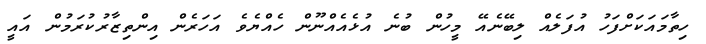
ހިތާމައަކަށްފަހު އުފަލެއް ލިބޭނެއޭ މީހުން ބުނެ އުޅެއެއްނޫން ހެއްޔެވެ އަހަރެން އިންތިޒާރުކުރަމުން އައީ